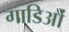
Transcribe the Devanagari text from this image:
गाडिओं